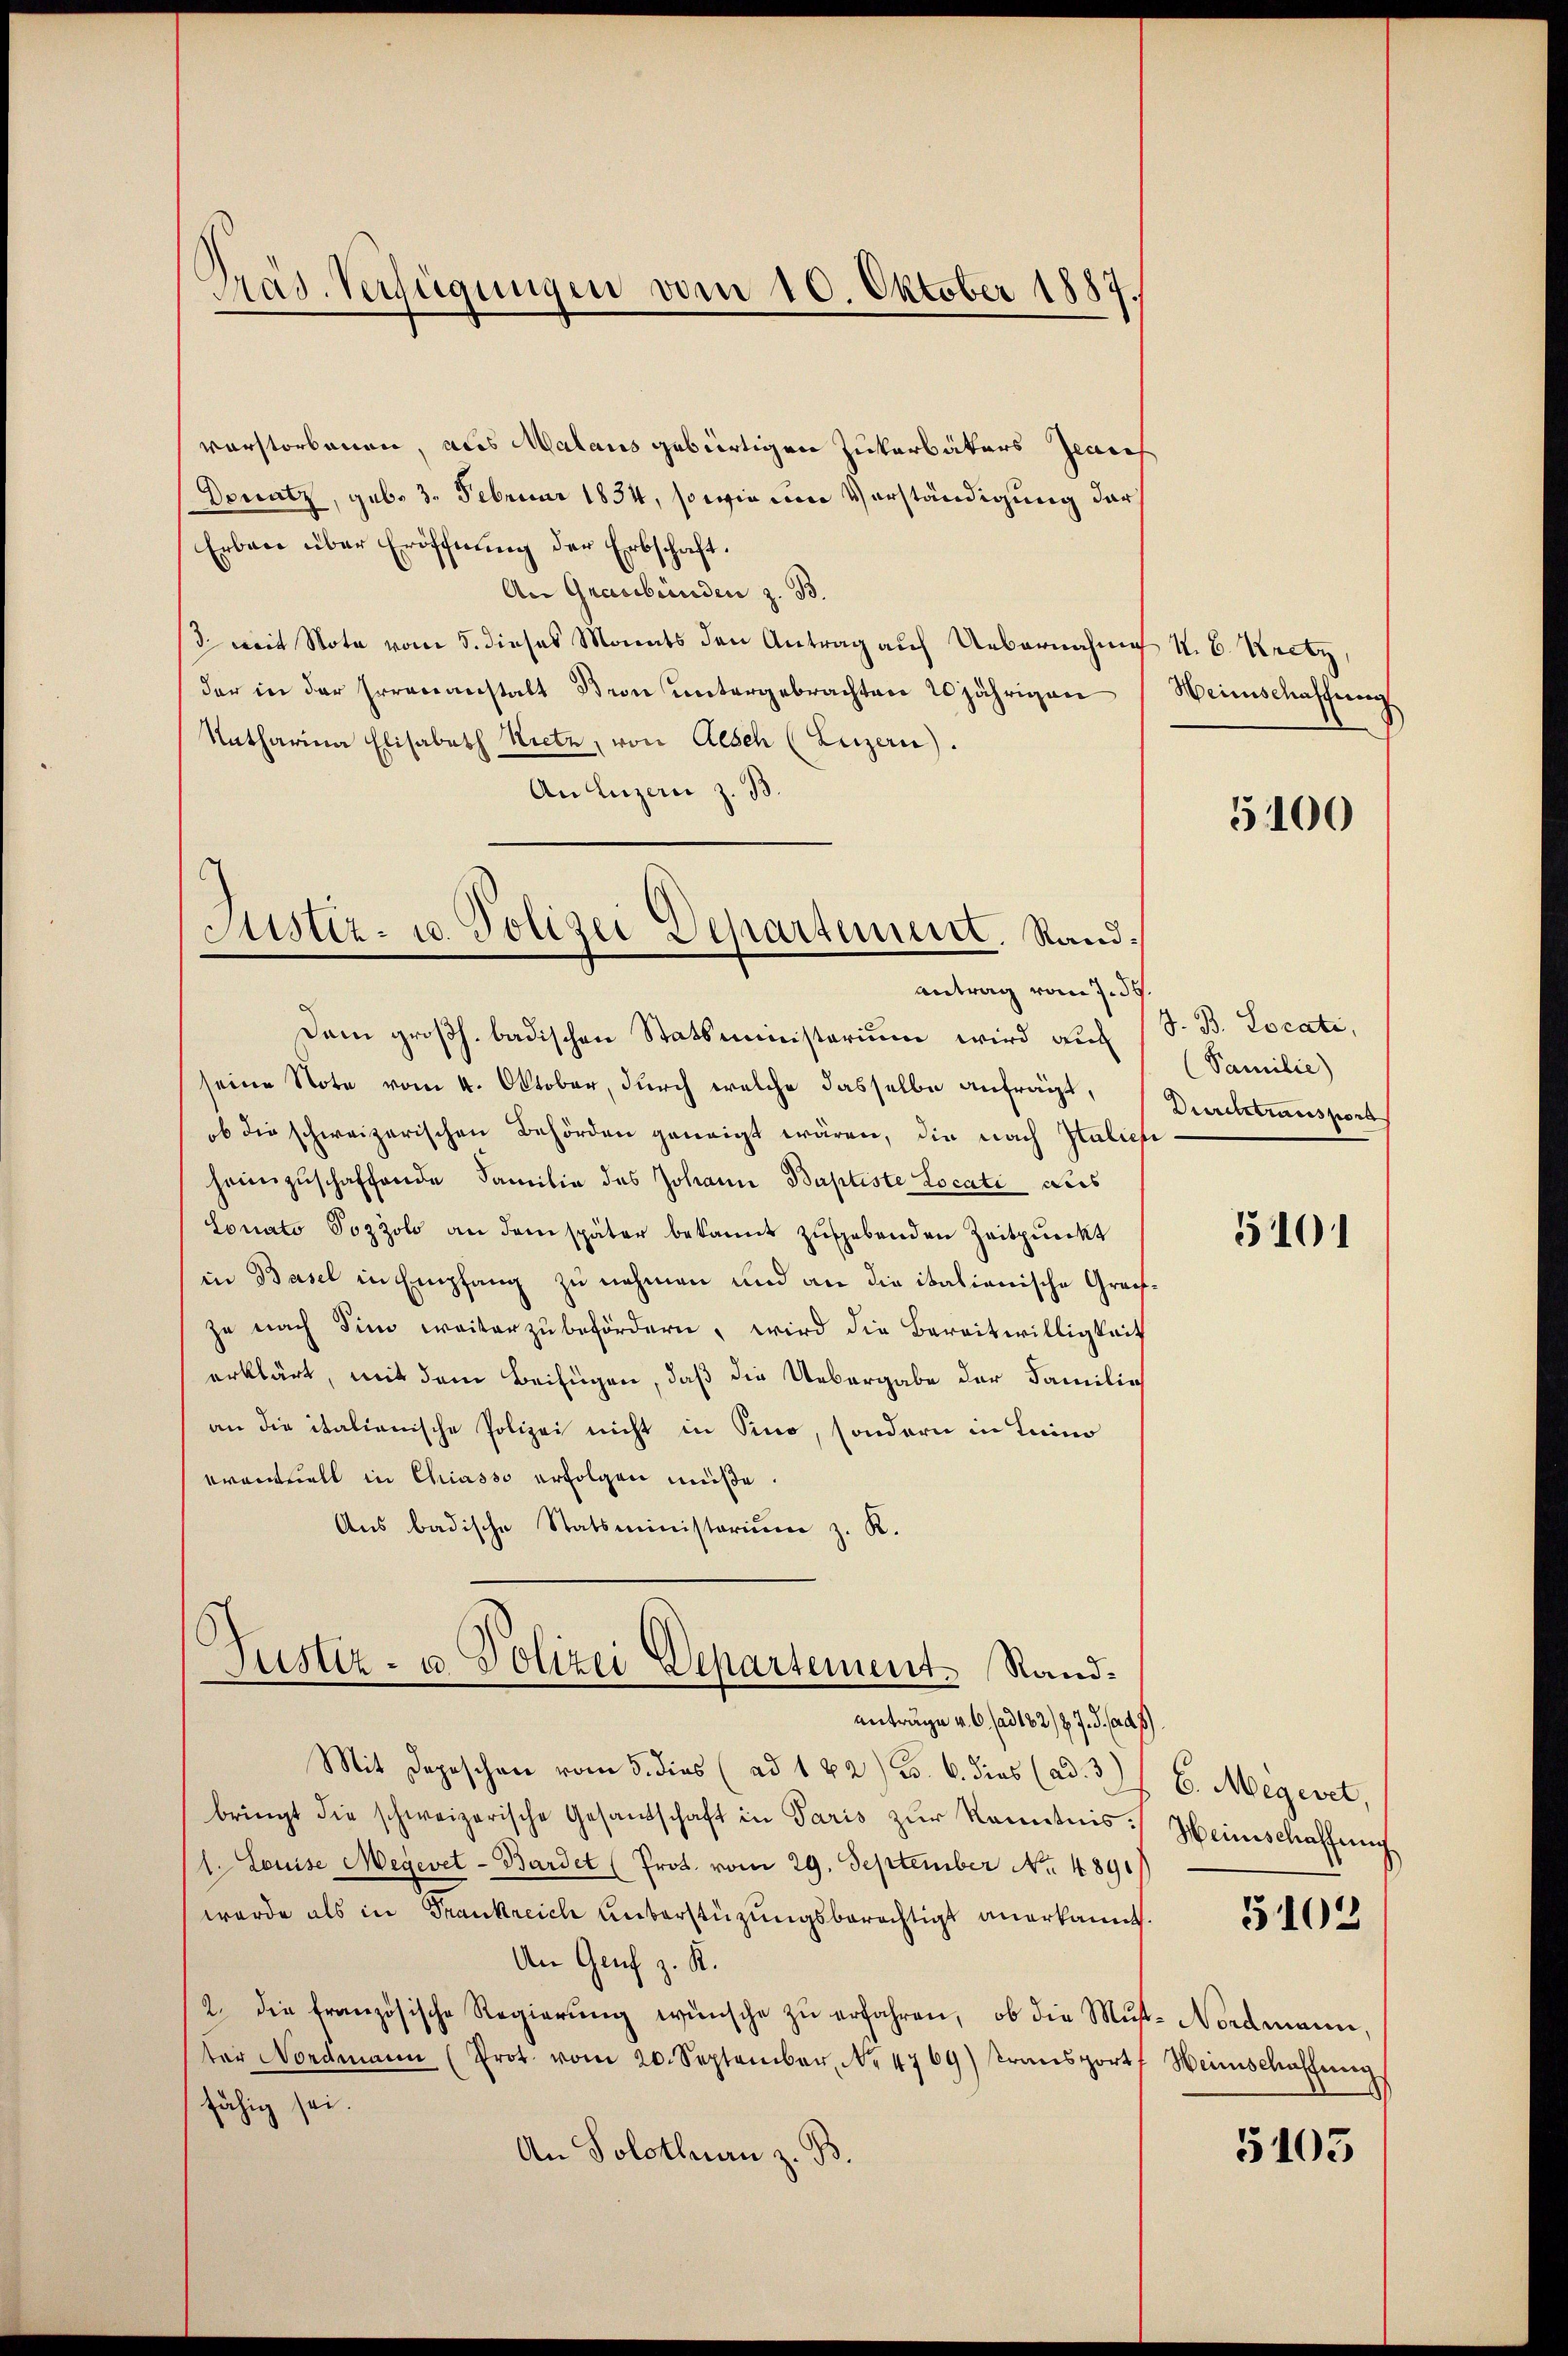
.
Mad. Verfügungen vom 10. Oktober 1887.

vorstorbenen, aus Malaus gebürtigen Zukerbäters Jeans
Donatz, geb. 3. Februar 1834, so wie um Verständigung darf
Erbau über Eröffnung der Erbschaft.
An Graubünden z. B.
/ mit Note vom 5. dieses Monats den Antrag auf Uebernahme u. B. Kretz,
der in der Errenanstalt Stron ŭntergebrachten 20jährigen Heimschaffung
Katharina Elisabeth Nietz, von Aesch (Luzern).
An Luzern z. B.
d

Justiz- u. Polizei Departemeist. Sand¬
Antrag vom 7. d.

Dem großh. badischen Statsministerium wird auch (S. B. Locati,
seine Note vom 4. Oktober, durch welche dasselbe anfragt,
ob die schweizerischen Behörden geneigt wären, die nach Italien
heimzuschaffende Familie des Johann Baptiste Locati aus
Sonato Sozzolo an dem später bekannt zugebenden Zeitpunkt
in Basel in Empfang zu nehmen und an die italianische Greifze nach Sim weiterzŭbefördern, wird die Bereitwilligkeit
erklärt, mit dem Beifügen, daß die Uebergabe der Familie
an die italienische Polizei nicht in Sino, sondern in Luino
eventuell in Chiasso erfolgen müße.
Aus badische Statsministerium z. K.
Justiz- u. Polizei Departement. Randantrage v. 6. ad 182/27. d. ad 1.
Mit Depeschen vom 5. dies (ad 122) u. 6. dies (ad. 3)
bringt die schweizerische Gesandschaft in Paris zŭr Kenntnis.
1. Louise Megevet-Bardet (Prot. vom 29. September No. 48911
wurde als in Frankreich Ueberstüzungsberechtigt anerkannt.
An Genf z. R.
2. die französische Regierŭng wünsche zŭ erfahren, ob die Mŭt- Nordmann,
ter Nordmann (Prot. vom 20. September, No 4769) Transport
fähig sei.
An Solothurn z. B.

5100

(Familie)
Duriltransport

3101

6. Megevet,
Heinschaffung

5102

Weinschaffung
5103